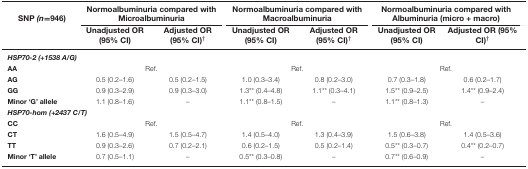
<table><thead><tr><td><b>SNP <i>(n</i>=946)</b></td><td colspan="2"><b>Normoalbuminuria compared with Microalbuminuria</b></td><td colspan="2"><b>Normoalbuminuria compared with Macroalbuminuria</b></td><td colspan="2"><b>Normoalbuminuria compared with Albuminuria (micro + macro)</b></td></tr><tr><td></td><td><b>Unadjusted OR (95% CI)</b></td><td><b>Adjusted OR (95% CI)<sup>†</sup></b></td><td><b>Unadjusted OR (95% CI)</b></td><td><b>Adjusted OR (95% CI)<sup>†</sup></b></td><td><b>Unadjusted OR (95% CI)</b></td><td><b>Adjusted OR (95% CI)<sup>†</sup></b></td></tr></thead><tbody><tr><td colspan="7"><b><i>HSP70-2 (+1538 A/G)</i></b></td></tr><tr><td><b>AA</b></td><td colspan="2">Ref.</td><td colspan="2">Ref.</td><td colspan="2">Ref.</td></tr><tr><td><b>AG</b></td><td>0.5 (0.2–1.6)</td><td>0.5 (0.2–1.5)</td><td>1.0 (0.3–3.4)</td><td>0.8 (0.2–3.0)</td><td>0.7 (0.3–1.8)</td><td>0.6 (0.2–1.7)</td></tr><tr><td><b>GG</b></td><td>0.9 (0.3–2.9)</td><td>0.9 (0.3–3.0)</td><td>1.3** (0.4–4.8)</td><td>1.1** (0.3–4.1)</td><td>1.5** (0.9–2.5)</td><td>1.4** (0.9–2.4)</td></tr><tr><td><b>Minor ‘G’ allele</b></td><td>1.1 (0.8–1.6)</td><td>–</td><td>1.1** (0.8–1.5)</td><td>–</td><td>1.1** (0.8–1.3)</td><td>–</td></tr><tr><td colspan="7"><b><i>HSP70-hom (+2437 C/T)</i></b></td></tr><tr><td><b>CC</b></td><td colspan="2">Ref.</td><td colspan="2">Ref.</td><td colspan="2">Ref.</td></tr><tr><td><b>CT</b></td><td>1.6 (0.5–4.9)</td><td>1.5 (0.5–4.7)</td><td>1.4 (0.5–4.0)</td><td>1.3 (0.4–3.9)</td><td>1.5 (0.6–3.8)</td><td>1.4 (0.5–3.6)</td></tr><tr><td><b>TT</b></td><td>0.9 (0.3–2.6)</td><td>0.7 (0.2–2.1)</td><td>0.6 (0.2–1.5)</td><td>0.5 (0.2–1.4)</td><td>0.5** (0.3–0.7)</td><td>0.4** (0.2–0.7)</td></tr><tr><td><b>Minor ‘T’ allele</b></td><td>0.7 (0.5–1.1)</td><td>–</td><td>0.5** (0.3–0.8)</td><td>–</td><td>0.7** (0.6–0.9)</td><td>–</td></tr></tbody></table>